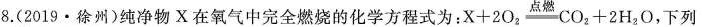
8.(2019·徐州)纯净物X在氧气中完全燃烧的化学方程式为：X+2O_{2} \xlongequal[]{点燃} CO_{2}+2H_{2}O，下列